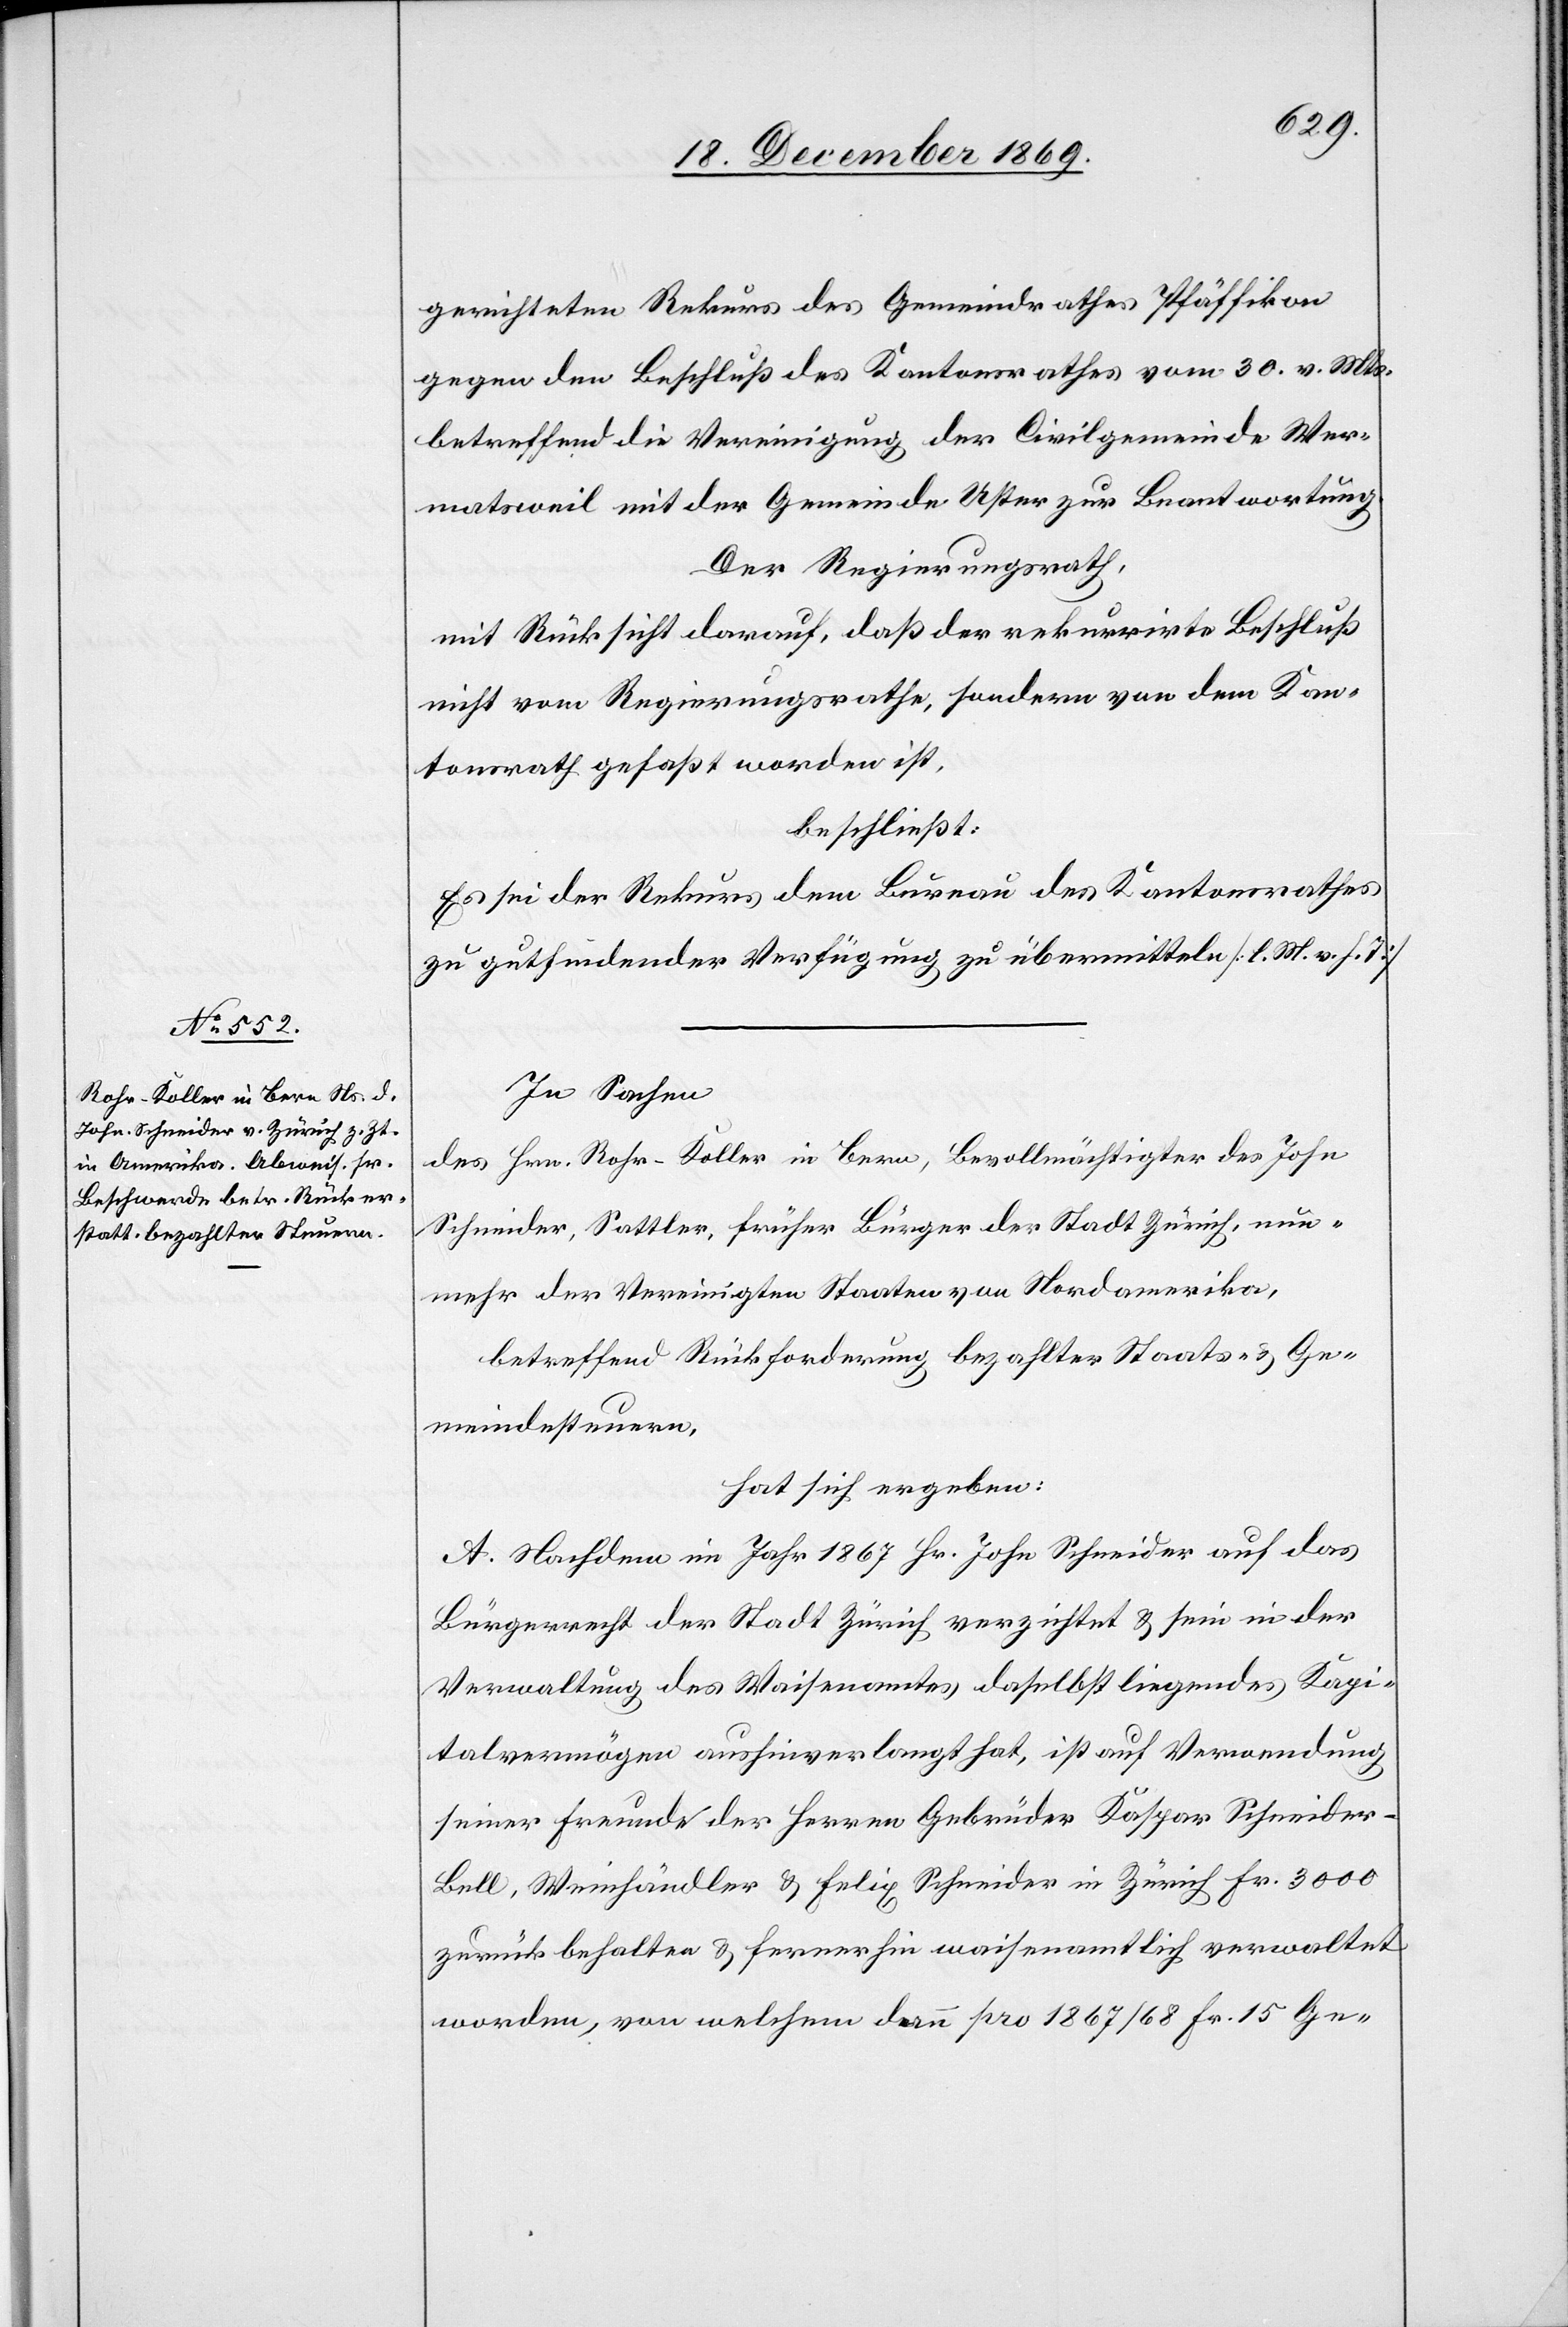
gerichteten Rekurs des Gemeindrathes Pfäffikon
gegen den Beschluß des Kantonsrathes vom 30. v. Mts.
betreffend die Vereinigung der Civilgemeinde Wer¬
matsweil mit der Gemeinde Uster zur Beantwortung.
Der Regierungsrath,
mit Rücksicht darauf, daß der rekurrirte Beschluß
nicht vom Regierungsrathe, sondern von dem Kan¬
tonsrath gefaßt worden ist,
beschließt:
Es sei der Rekurs dem Bureau des Kantonsrathes
zu gutfindender Verfügung zu übermitteln [l. M. v. h. T][.]
In Sachen
des Hrn. Rohr-Koller in Bern, Bevollmächtigter des John
Schneider, Sattler, früher Bürger der Stadt Zürich, nun¬
mehr der Vereinigten Staaten von Nordamerika,
betreffend Rückforderung bezahlter Staats- & Ge¬
meindesteuern,
hat sich ergeben:
A. Nachdem im Jahr 1867 Hr. John Schneider auf das
Bürgerrecht der Stadt Zürich verzichtet & sein in der
Verwaltung des Waisenamtes daselbst liegendes Kapi¬
talvermögen aushinverlangt hat, ist auf Verwendung
seiner Freunde der Herren Gebrüder Kaspar Schneider-B¬
ell, Weinhändler & Felix Schneider in Zürich Fr. 3000
zurückbehalten & fernerhin waisenamtlich verwaltet
worden, von welchem dann pro 1867/68 Fr. 15 Ge-